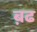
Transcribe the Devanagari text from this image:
ब़ढ